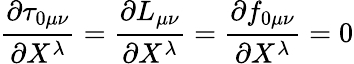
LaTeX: \frac{\partial\tau_{0\mu\nu}}{\partial X^{\lambda}}=\frac{\partial L_{\mu\nu}}{\partial X^{\lambda}}=\frac{\partial f_{0\mu\nu}}{\partial X^{\lambda}}=0